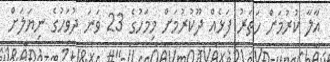
އާލާ ކުރުމަށް ހަތަރު ފަޅެއް ދޫކުރުމަށް މިމަހުގެ 23 ވަނަ ދުވަހުގެ ނިޔަލަށް